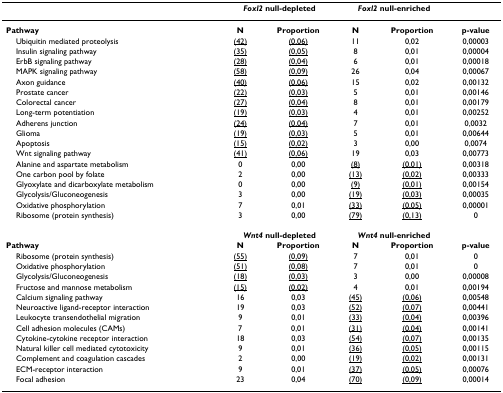
<table><thead><tr><td></td><td colspan="2"><b><i>Foxl2 </i>null-depleted</b></td><td colspan="2"><b><i>Foxl2 </i>null-enriched</b></td><td></td></tr></thead><tbody><tr><td><b>Pathway</b></td><td><b>N</b></td><td><b>Proportion</b></td><td><b>N</b></td><td><b>Proportion</b></td><td><b>p-value</b></td></tr><tr><td> Ubiquitin mediated proteolysis</td><td><underline>(42)</underline></td><td><underline>(0,06)</underline></td><td>11</td><td>0,02</td><td>0,00003</td></tr><tr><td> Insulin signaling pathway</td><td><underline>(35)</underline></td><td><underline>(0,05)</underline></td><td>8</td><td>0,01</td><td>0,00004</td></tr><tr><td> ErbB signaling pathway</td><td><underline>(28)</underline></td><td><underline>(0,04)</underline></td><td>6</td><td>0,01</td><td>0,00018</td></tr><tr><td> MAPK signaling pathway</td><td><underline>(58)</underline></td><td><underline>(0,09)</underline></td><td>26</td><td>0,04</td><td>0,00067</td></tr><tr><td> Axon guidance</td><td><underline>(40)</underline></td><td><underline>(0,06)</underline></td><td>15</td><td>0,02</td><td>0,00132</td></tr><tr><td> Prostate cancer</td><td><underline>(22)</underline></td><td><underline>(0,03)</underline></td><td>5</td><td>0,01</td><td>0,00146</td></tr><tr><td> Colorectal cancer</td><td><underline>(27)</underline></td><td><underline>(0,04)</underline></td><td>8</td><td>0,01</td><td>0,00179</td></tr><tr><td> Long-term potentiation</td><td><underline>(19)</underline></td><td><underline>(0,03)</underline></td><td>4</td><td>0,01</td><td>0,00252</td></tr><tr><td> Adherens junction</td><td><underline>(24)</underline></td><td><underline>(0,04)</underline></td><td>7</td><td>0,01</td><td>0,0032</td></tr><tr><td> Glioma</td><td><underline>(19)</underline></td><td><underline>(0,03)</underline></td><td>5</td><td>0,01</td><td>0,00644</td></tr><tr><td> Apoptosis</td><td><underline>(15)</underline></td><td><underline>(0,02)</underline></td><td>3</td><td>0,00</td><td>0,0074</td></tr><tr><td> Wnt signaling pathway</td><td><underline>(41)</underline></td><td><underline>(0,06)</underline></td><td>19</td><td>0,03</td><td>0,00773</td></tr><tr><td> Alanine and aspartate metabolism</td><td>0</td><td>0,00</td><td><underline>(8)</underline></td><td><underline>(0,01)</underline></td><td>0,00318</td></tr><tr><td> One carbon pool by folate</td><td>2</td><td>0,00</td><td><underline>(13)</underline></td><td><underline>(0,02)</underline></td><td>0,00333</td></tr><tr><td> Glyoxylate and dicarboxylate metabolism</td><td>0</td><td>0,00</td><td><underline>(9)</underline></td><td><underline>(0,01)</underline></td><td>0,00154</td></tr><tr><td> Glycolysis/Gluconeogenesis</td><td>3</td><td>0,00</td><td><underline>(19)</underline></td><td><underline>(0,03)</underline></td><td>0,00035</td></tr><tr><td> Oxidative phosphorylation</td><td>7</td><td>0,01</td><td><underline>(33)</underline></td><td><underline>(0,05)</underline></td><td>0,00001</td></tr><tr><td> Ribosome (protein synthesis)</td><td>3</td><td>0,00</td><td><underline>(79)</underline></td><td><underline>(0,13)</underline></td><td>0</td></tr><tr><td></td><td colspan="2"><b><i>Wnt4 </i>null-depleted</b></td><td colspan="2"><b><i>Wnt4 </i>null-enriched</b></td><td></td></tr><tr><td><b>Pathway</b></td><td><b>N</b></td><td><b>Proportion</b></td><td><b>N</b></td><td><b>Proportion</b></td><td><b>p-value</b></td></tr><tr><td> Ribosome (protein synthesis)</td><td><underline>(55)</underline></td><td><underline>(0,09)</underline></td><td>7</td><td>0,01</td><td>0</td></tr><tr><td> Oxidative phosphorylation</td><td><underline>(51)</underline></td><td><underline>(0,08)</underline></td><td>7</td><td>0,01</td><td>0</td></tr><tr><td> Glycolysis/Gluconeogenesis</td><td><underline>(18)</underline></td><td><underline>(0,03)</underline></td><td>3</td><td>0,00</td><td>0,00008</td></tr><tr><td> Fructose and mannose metabolism</td><td><underline>(15)</underline></td><td><underline>(0,02)</underline></td><td>4</td><td>0,01</td><td>0,00194</td></tr><tr><td> Calcium signaling pathway</td><td>16</td><td>0,03</td><td><underline>(45)</underline></td><td><underline>(0,06)</underline></td><td>0,00548</td></tr><tr><td> Neuroactive ligand-receptor interaction</td><td>19</td><td>0,03</td><td><underline>(52)</underline></td><td><underline>(0,07)</underline></td><td>0,00441</td></tr><tr><td> Leukocyte transendothelial migration</td><td>9</td><td>0,01</td><td><underline>(33)</underline></td><td><underline>(0,04)</underline></td><td>0,00396</td></tr><tr><td> Cell adhesion molecules (CAMs)</td><td>7</td><td>0,01</td><td><underline>(31)</underline></td><td><underline>(0,04)</underline></td><td>0,00141</td></tr><tr><td> Cytokine-cytokine receptor interaction</td><td>18</td><td>0,03</td><td><underline>(54)</underline></td><td><underline>(0,07)</underline></td><td>0,00135</td></tr><tr><td> Natural killer cell mediated cytotoxicity</td><td>9</td><td>0,01</td><td><underline>(36)</underline></td><td><underline>(0,05)</underline></td><td>0,00115</td></tr><tr><td> Complement and coagulation cascades</td><td>2</td><td>0,00</td><td><underline>(19)</underline></td><td><underline>(0,02)</underline></td><td>0,00131</td></tr><tr><td> ECM-receptor interaction</td><td>9</td><td>0,01</td><td><underline>(37)</underline></td><td><underline>(0,05)</underline></td><td>0,00076</td></tr><tr><td> Focal adhesion</td><td>23</td><td>0,04</td><td><underline>(70)</underline></td><td><underline>(0,09)</underline></td><td>0,00014</td></tr></tbody></table>